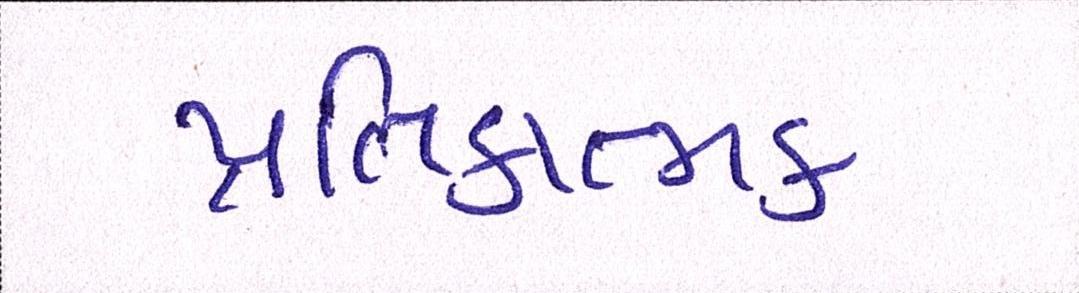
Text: પ્રતિકાત્મક